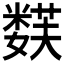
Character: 𱾪